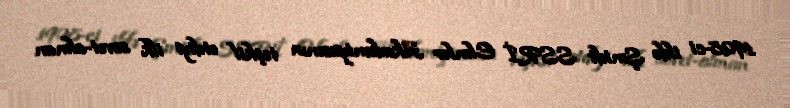
1928-ci ildə Şmidt SSRİ Elmlər Akademiyasının təşkil etdiyi ilk sovet-alman